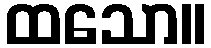
ထသော။